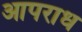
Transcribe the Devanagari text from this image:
आपराध